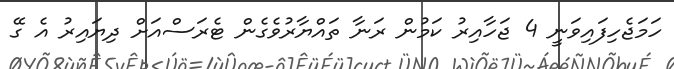
ހަމަޖެހިފައިވަނީ 4 ޖަހާއިރު ކަމުން ރަނާ ތައްޔާރުވެގެން ޓެރަސްއަށް ދިޔައިރު އެ ގޭ